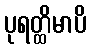
ပုရတ္ထိမာပိ